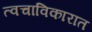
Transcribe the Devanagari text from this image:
त्वचाविकारात